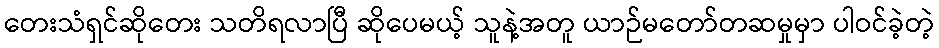
တေးသံရှင်ဆိုတေး သတိရလာပြီ ဆိုပေမယ့် သူနဲ့အတူ ယာဉ်မတော်တဆမှုမှာ ပါဝင်ခဲ့တဲ့